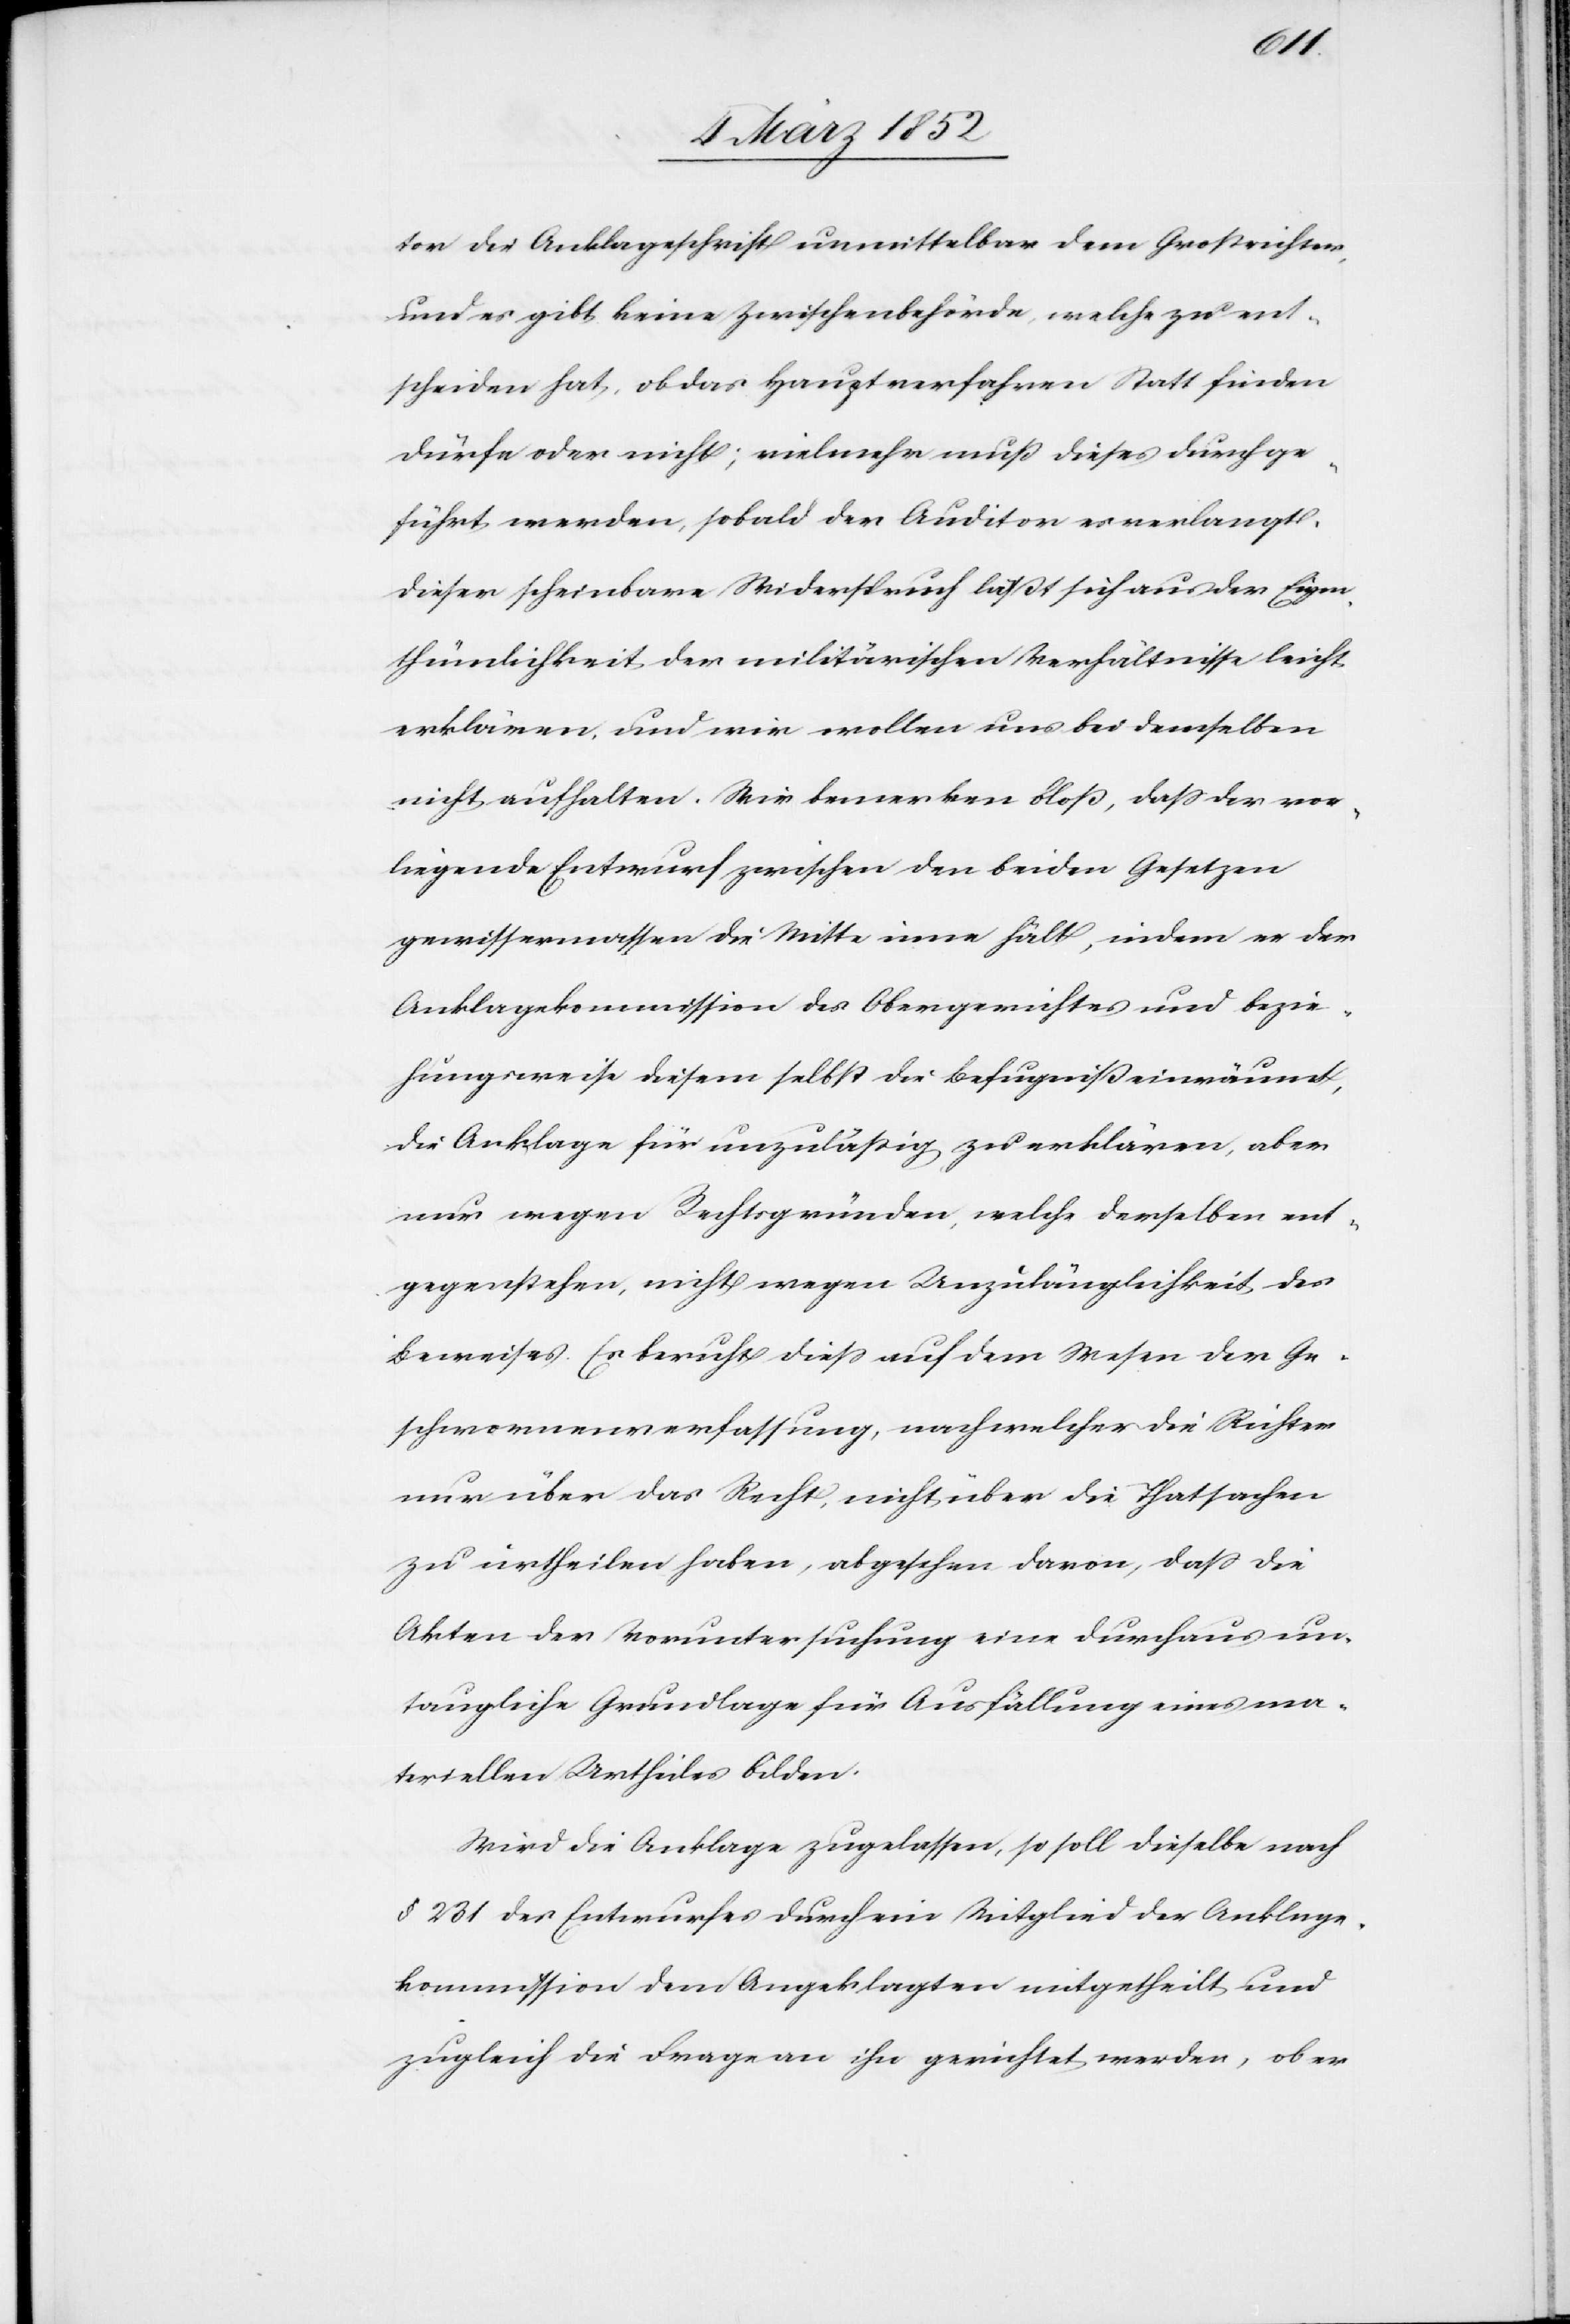
tor die Anklageschrift unmittelbar dem Großrichter,
und es gibt keine Zwischenbehörde, welche zu ent¬
scheiden hat, ob das Hauptverfahren Statt finden
dürfe oder nicht; vielmehr muß dieses durchge¬
führt werden, sobald der Auditor es verlangt.
Dieser scheinbare Widerspruch läßt sich aus der Eigen¬
thümlichkeit der militärischen Verhältnisse leicht
erklären, und wir wollen uns bei demselben
nicht aufhalten. Wir bemerken bloß, daß der vor¬
liegende Entwurf zwischen den beiden Gesetzen
gewissermassen die Mitte inne hält, indem er der
Anklagekommission des Obergerichtes und bezie¬
hungsweise diesem selbst die Befugniß einräumt,
die Anklage für unzuläßig zu erklären, aber
nur wegen Rechtsgründen, welche derselben ent¬
gegenstehen, nicht wegen Unzulänglichkeit des
Beweises. Es beruht dieß auf dem Wesen der Ge¬
schworenenverfassung, nach welcher die Richter
nur über das Recht, nicht über die Thatsachen
zu urtheilen haben, abgesehen davon, daß die
Akten der Voruntersuchung eine durchaus un¬
taugliche Grundlage für Ausfällung eines ma¬
teriellen Urtheiles bilden.
Wird die Anklage zugelassen, so soll dieselbe nach
§ 231 des Entwurfes durch ein Mitglied der Anklage¬
kommission dem Angeklagten mitgetheilt und
zugleich die Frage an ihn gerichtet werden, ob er